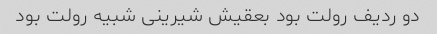
دو ردیف رولت بود بعقیش شیرینی شبیه رولت بود